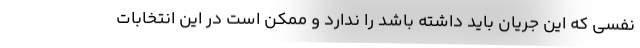
نفسی که این جریان باید داشته باشد را ندارد و ممکن است در این انتخابات